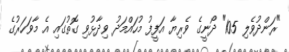
"ރަންދުވެލި 105" ދޯނީގެ ވެރިޔާ އަފީފު މުހައްމަދު ވިދާޅުވި ގޮތުގައި އެ މާވަހަރުގެ